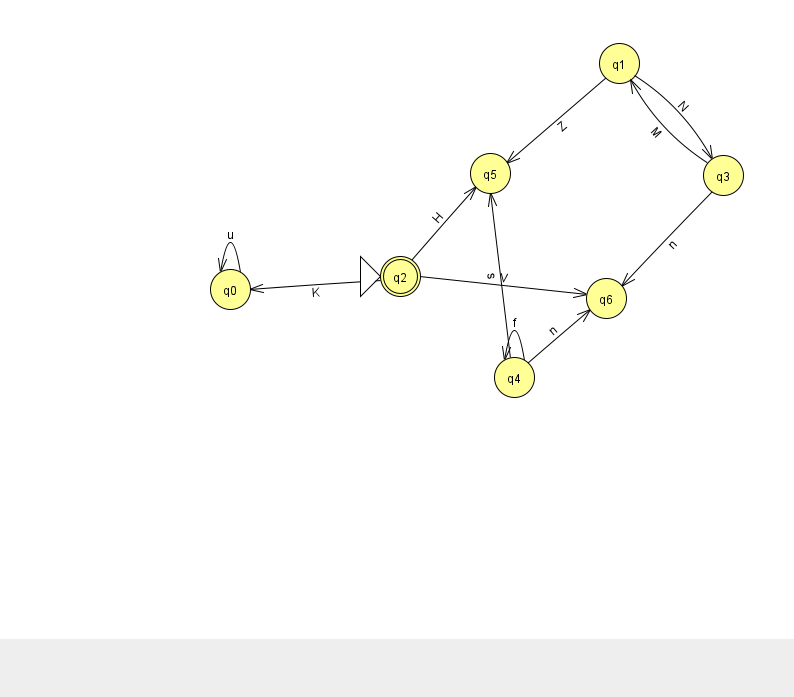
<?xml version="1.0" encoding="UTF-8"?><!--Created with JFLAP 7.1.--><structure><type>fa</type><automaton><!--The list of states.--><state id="0" name="q0"><x>230.0</x><y>276.0</y></state><state id="1" name="q1"><x>619.0</x><y>50.0</y></state><state id="2" name="q2"><x>400.0</x><y>263.0</y><initial/><final/></state><state id="3" name="q3"><x>723.0</x><y>162.0</y></state><state id="4" name="q4"><x>514.0</x><y>364.0</y></state><state id="5" name="q5"><x>490.0</x><y>160.0</y></state><state id="6" name="q6"><x>606.0</x><y>285.0</y></state><!--The list of transitions.--><transition><from>2</from><to>0</to><read>K</read></transition><transition><from>2</from><to>5</to><read>H</read></transition><transition><from>0</from><to>0</to><read>u</read></transition><transition><from>4</from><to>4</to><read>f</read></transition><transition><from>4</from><to>6</to><read>n</read></transition><transition><from>1</from><to>5</to><read>Z</read></transition><transition><from>3</from><to>1</to><read>M</read></transition><transition><from>3</from><to>6</to><read>n</read></transition><transition><from>1</from><to>3</to><read>N</read></transition><transition><from>4</from><to>5</to><read>s</read></transition><transition><from>2</from><to>6</to><read>V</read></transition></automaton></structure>